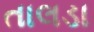
તાલડા